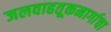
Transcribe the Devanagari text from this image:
जलवाहतूकमार्गाचा